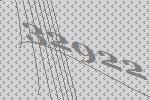
32922